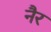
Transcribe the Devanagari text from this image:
नैर